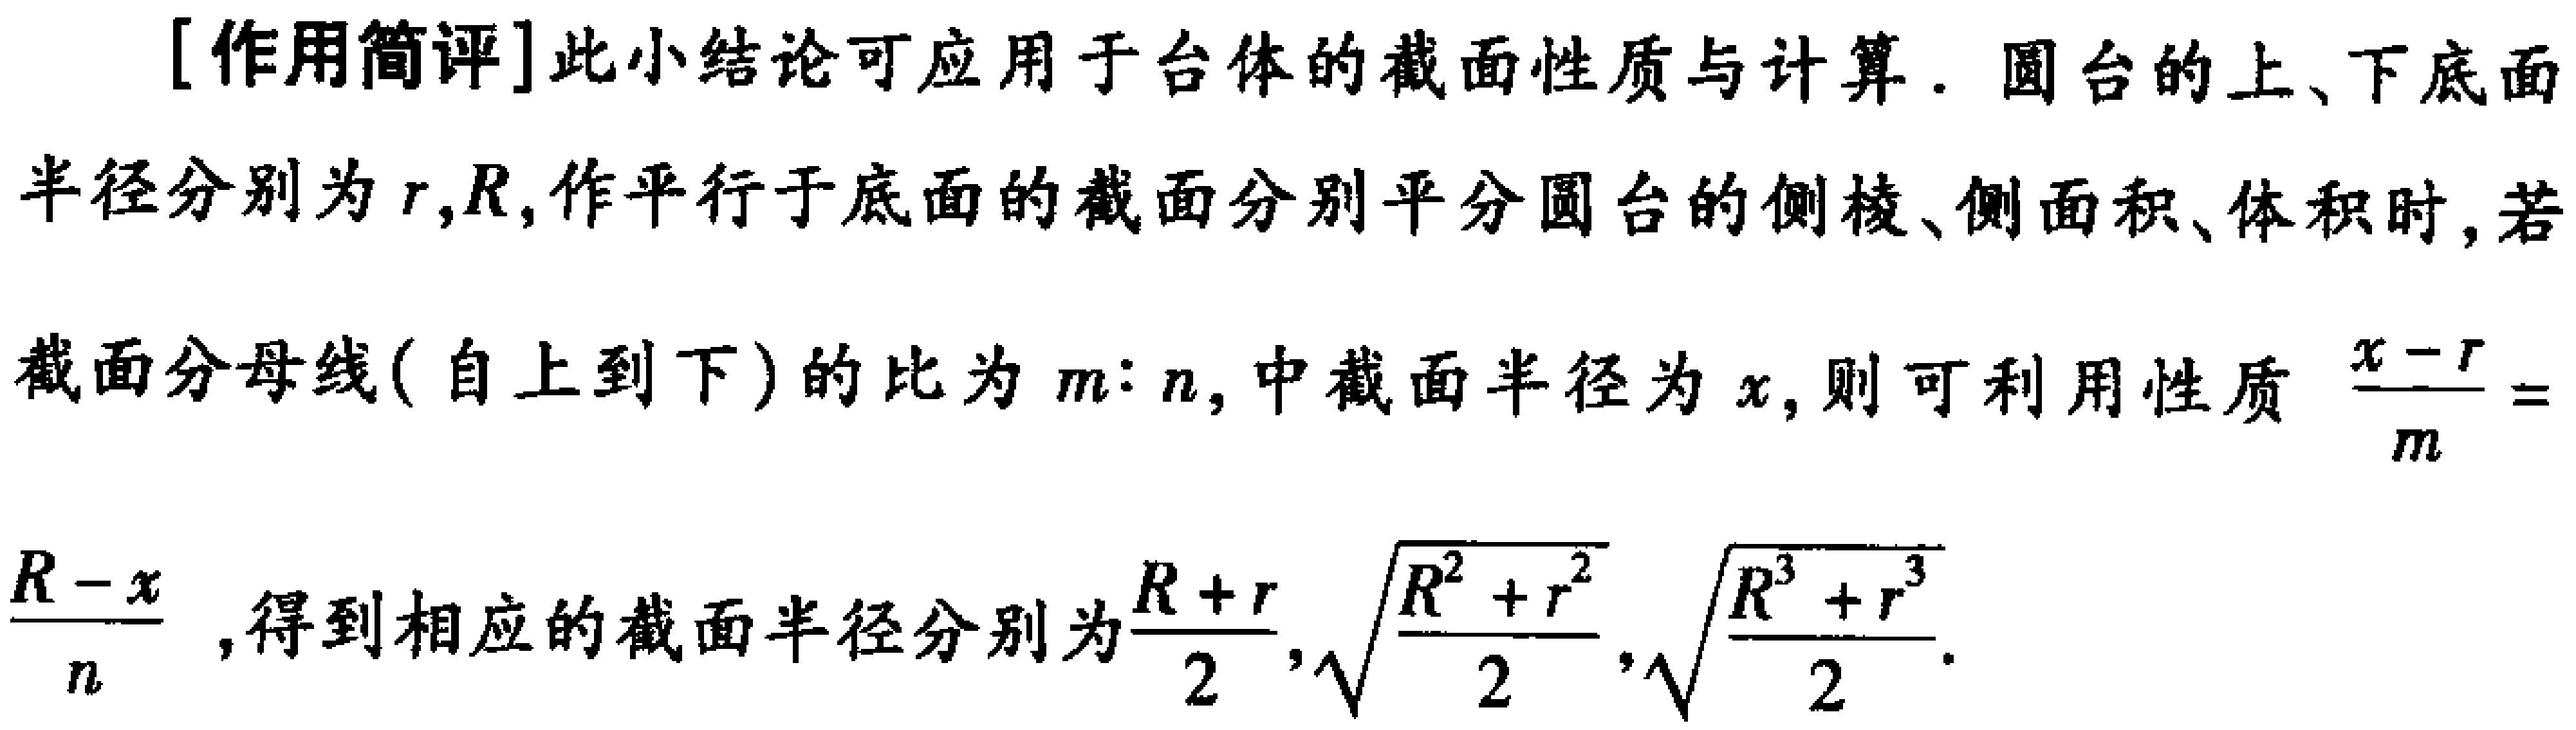
[作用简评]此小结论可应用于台体的截面性质与计算. 圆台的上、下底面半径分别为\(r,R\),作平行于底面的截面分别平分圆台的侧棱、侧面积、体积时,若截面分母线(自上到下)的比为\(m:n\),中截面半径为\(x\),则可利用性质\(\frac{x - r}{m}=\frac{R - x}{n}\),得到相应的截面半径分别为\(\frac{R + r}{2},\sqrt{\frac{R^{2}+r^{2}}{2}},\sqrt[3]{\frac{R^{3}+r^{3}}{2}}\).